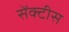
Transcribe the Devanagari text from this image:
सेंक्टीस